Medical and sanitary report of the native army of Bengal for the year
Year: 1876
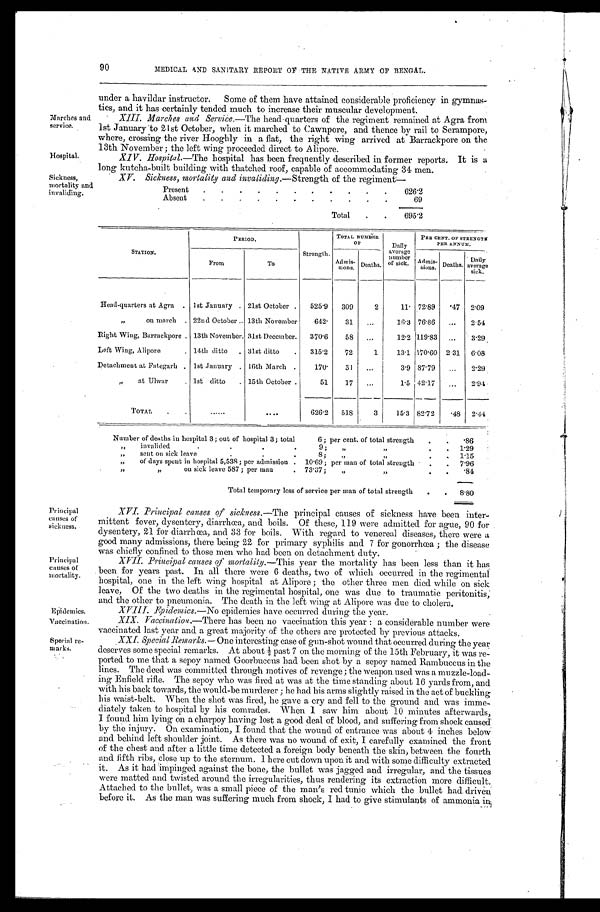
90
MEDICAL AND SANITARY REPORT OF THE NATIVE ARMY OF BENGAL.
Marches and
service.
Hospital.
Sickness,
mortality and
invaliding.
under a havildar instructor. Some of them have attained considerable proficiency in gymnas-
tics, and it has certainly tended much to increase their muscular development.
XIII. Marches and Service. —The head quarters of the regiment remained at Agra from
1st January to 21st October, when it marched to Cawnpore, and thence by rail to Serampore,
where, crossing the river Hooghly in a flat, the right wing arrived at Barrackpore on the
13th November ; the left wring proceeded direct to Alipore.
XIV. Hospital.—The hospital has been frequently described in former reports. It is a
long kutcha-built building with thatched roof, capable of accommodating 34 men.
XV. Sickness, mortality and invaliding.—Strength of the regiment—
Present
.
.
.
.
.
.
.
.
.
.
.
626.2
Absent
.
.
.
.
.
.
.
.
.
.
.
69
Total
.
.
695.2
STATION.
PERIOD.
Strength.
TOTAL NUMBER
OF
Daily
average
number
of sick.
PER CENT. OF STRENGTH
PER ANNUM.
From
To
Admis-
sions.
Deaths.
Admis-
sions.
Deaths.
D a i l y
a v e r a g e
sick.
Head-quarters at Agra
.
1st January
.
21st October
.
525.9
309
2
11. 72.89
. 4 7
2.09
„ on march . 22nd October . 13th November
642.
31
...
16.3 76.86
...
2.54
Right Wing, Barrackpore . 13th November . 31st December . 370.6
58
...
12.2 119.83
...
3.29
Left Wing, Alipore
. 14th ditto
. 31st ditto
. 315.2
72
1
13.1 170.60 2.31
6.08
Detachment at Fategarh . 1st January . 16th March .
170.
31
...
3.9 87.79
...
2.29
„ at Ulwar
. 1st ditto
. 15th October .
51
17
...
1.5 42.17
. . .
2.94
TOTAL
.
.
......
. . . .
626.2
518
3
15 . 3 82 .72
. 4 8 2.44
Number of deaths in hospital 3; out of hospital 3; total
6; per cent. of total strength
.
.
.86
„
invalided
.
.
.
.
9;
„ „
.
.
1.29
„
sent on sick leave
.
.
.
8;
„ „
.
.
1.15
„
of days spent in hospital 5,538; per admission . 10.69; per man of total strength
.
.
7.96
„
„
on sick leave 587 ; per man
. 73.37;
„ „
.
.
.84
Total temporary loss of service per man of total strength
.
.
8.80
Principal
causes of
sickness.
Principal
causes of
mortality.
Epidemics.
Vaccination.
Special re-
marks.
XVI. Principal causes of sickness. —The principal causes of sickness have been inter-
mittent fever, dysentery, diarrhœa, and boils. Of these, 119 were admitted for ague, 90 for
dysentery, 21 for diarrhœa, and 33 for boils. With regard to venereal diseases, there were a
good many admissions, there being 22 for primary syphilis and 7 for gonorrhœa ; the disease
was chiefly confined to those men who had been on detachment duty.
XVII. Principal causes of mortalily. —This year the mortality has been less than it has
been for years past. In all there were 6 deaths, two of which occurred in the regimental
hospital, one in the left wing hospital at Alipore ; the other three men died while on sick
leave, Of the two deaths in the regimental hospital, one was due to traumatic peritonitis,
and the other to pneumonia. The death in the left wing at Alipore was due to cholera.
X V I I I . E p i d e m i c s .
— N o
e p i d e m i c s h a v e o c c u r r e d d u r i n g t h e y e a r .
XIX. Vaccination. —There has been no vaccination this year : a considerable number were
vaccinated last year and a great majority of the others are protected by previous attacks.
XXI. Special Remarks. — One interesting case of gun-shot wound that occurred during the year
deserves some special remarks. At about ½ past 7 on the morning of the 15th February, it was re-
ported to me that a sepoy named Goorbuccus had been shot by a sepoy named Rambuccus in the
lines. The deed was committed through motives of revenge ; the weapon used was a muzzle-load-
ing Enfield rifle. The sepoy who was fired at was at the time standing about 16 yards from, and
with his back towards, the would-be murderer ; he had his arms slightly raised in the act of buckling
his waist-belt. When the shot was fired, he gave a cry and fell to the ground and was imme-
diately taken to hospital by his comrades. When I saw him about 10 minutes afterwards,
I found him lying on a charpoy having lost a good deal of blood, and suffering from shock caused
by the injury. On examination, I found that the wound of entrance was about 4 inches below
and behind left shoulder joint. As there was no wound of exit, I carefully examined the front
of the chest and after a little time detected a foreign body beneath the skin; between the fourth
and fifth ribs, close up to the sternum. I here cut clown upon it and with some difficulty extracted
it. As it had impinged against the bone, the bullet was jagged and irregular, and the tissues
were matted and twisted around the irregularities, thus rendering its extraction more difficult.
Attached to the bullet, was a small piece of the man's red tunic which the bullet had driven
before it. As the man was suffering much from shock, I had to give stimulants of ammonia in